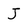
Character: J